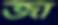
জা